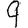
Digit: 9